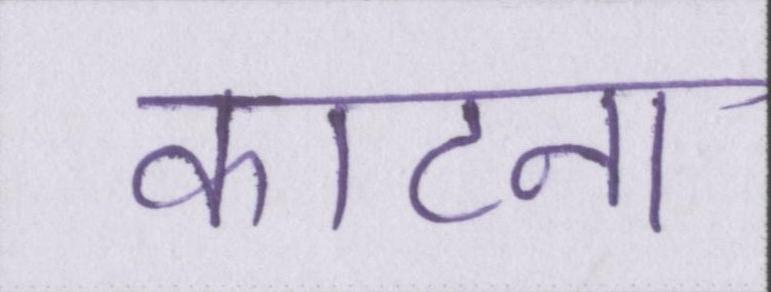
काटना